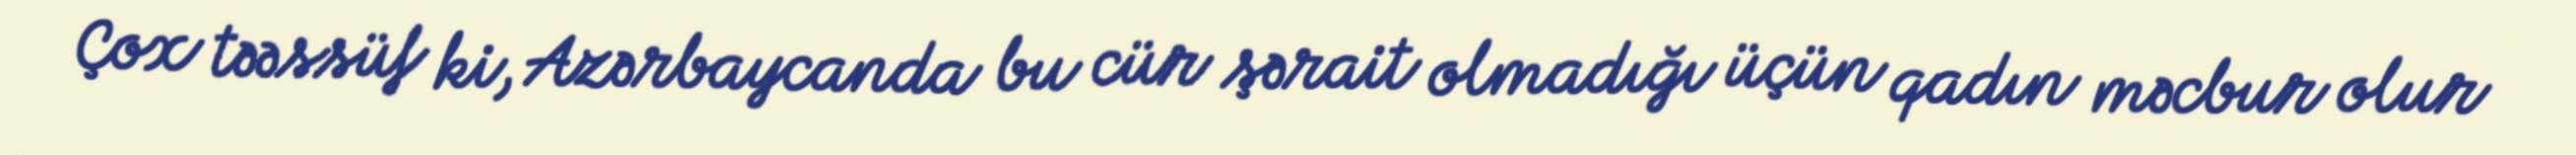
Çox təəssüf ki, Azərbaycanda bu cür şərait olmadığı üçün qadın məcbur olur